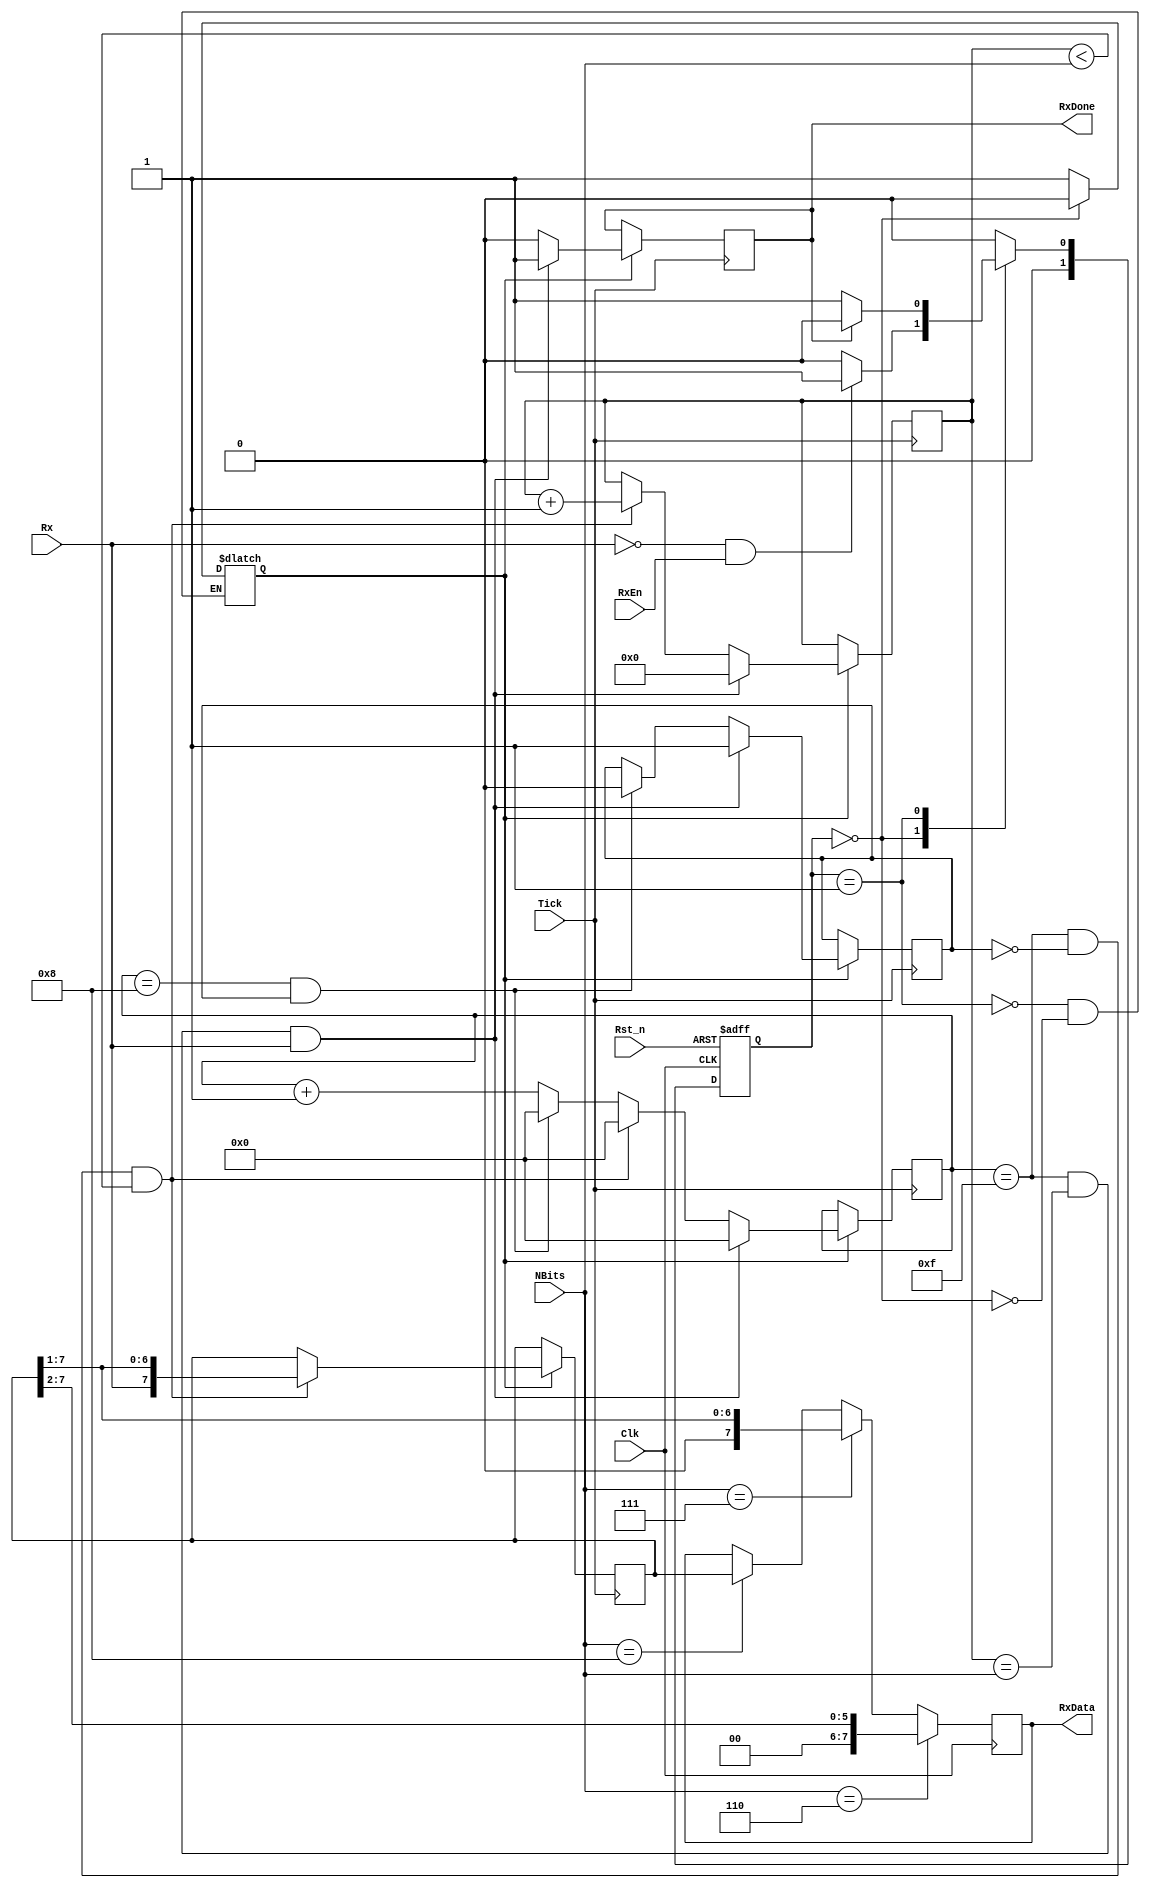
module UART_rs232_rx (Clk,Rst_n,RxEn,RxData,RxDone,Rx,Tick,NBits);		//Define my module as UART_rs232_rx

input Clk, Rst_n, RxEn,Rx,Tick;		//Define 1 bit inputs
input [3:0]NBits;			//Define 4 bits inputs


output RxDone;				//Define 1 bit output
output [7:0]RxData;			//Define 8 bits output (this will eb the 1byte received data)


//Variabels used for state machine...
parameter  IDLE = 1'b0, READ = 1'b1; 	//We haev 2 states for the State Machine state 0 and 1 (READ adn IDLE)
reg [1:0] State, Next;			//Create some registers for the states
reg  read_enable = 1'b0;		//Variable that will enable or NOT the data in read
reg  start_bit = 1'b1;			//Variable used to notify when the start bit was detected (first falling edge of RX)
reg  RxDone = 1'b0;			//Variable used to notify when the data read process is done
reg [4:0]Bit = 5'b00000;		//Variable used for the bit by bit read loop (in this case 8 bits so 8 loops)
reg [3:0] counter = 4'b0000;		//Counter variable used to count the tick pulses up to 16
reg [7:0] Read_data= 8'b00000000;	//Register where we store the Rx input bits before assigning it to the RxData output
reg [7:0] RxData;			//We register the output as well so we store the value





///////////////////////////////STATE MACHINE////////////////////////////////
////////////////////////////////////////////////////////////////////////////
///////////////////////////////////Reset////////////////////////////////////
////////////////////////////////////////////////////////////////////////////
always @ (posedge Clk or negedge Rst_n)			//It is good to always have a reset always
begin
if (!Rst_n)	State <= IDLE;				//If reset pin is low, we get to the initial state which is IDLE
else 		State <= Next;				//If not we go to the next state
end




////////////////////////////////////////////////////////////////////////////
////////////////////////////Next step decision//////////////////////////////
////////////////////////////////////////////////////////////////////////////
/*This is easy. Each time "State or Rx or RxEn or RxDone" will change their value
we decide which is the next step. 
	- Obviously we get to IDLE only when RxDone is high
meaning that the read process is done.
	- Also, while we are into IDEL, we get to READ state only if Rx input gets low meaning
we've detected a start bit*/
always @ (State or Rx or RxEn or RxDone)
begin
    case(State)	
	IDLE:	if(!Rx & RxEn)		Next = READ;	 //If Rx is low (Start bit detected) we start the read process
		else			Next = IDLE;
	READ:	if(RxDone)		Next = IDLE; 	 //If RxDone is high, than we get back to IDLE and wait for Rx input to go low (start bit detect)
		else			Next = READ;
	default 			Next = IDLE;
    endcase
end






////////////////////////////////////////////////////////////////////////////
///////////////////////////ENABLE READ OR NOT///////////////////////////////
////////////////////////////////////////////////////////////////////////////
always @ (State or RxDone)
begin
    case (State)
	READ: begin
		read_enable <= 1'b1;			//If we are in the Read state, we enable the read process so in the "Tick always" we start getting the bits
	      end
	
	IDLE: begin
		read_enable <= 1'b0;			//If we get back to IDLE, we desable the read process so the "Tick always" could continue without geting Rx bits
	      end
    endcase
end





////////////////////////////////////////////////////////////////////////////
///////////////////////////Read the input data//////////////////////////////
////////////////////////////////////////////////////////////////////////////
/*Finally, each time we detect a Tick pulse,we increase a couter.
- When the counter is 8 (4'b1000) we are in the middle of the start bit
- When the counter is 16 (4'b1111) we are in the middle of one of the bits
- We store the data by shifting the Rx input bit into the Read_data register 
using this line of code: Read_data <= {Rx,Read_data[7:1]};
*/
always @ (posedge Tick)

	begin
	if (read_enable)
	begin
	RxDone <= 1'b0;							//Set the RxDone register to low since the process is still going
	counter <= counter+1;						//Increase the counter by 1 with each Tick detected
	

	if ((counter == 4'b1000) & (start_bit))				//Counter is 8? Then we set the start bit to 1. 
	begin
	start_bit <= 1'b0;
	counter <= 4'b0000;
	end

	if ((counter == 4'b1111) & (!start_bit) & (Bit < NBits))	//We make a loop (8 loops in this case) and we read all 8 bits
	begin
	Bit <= Bit+1;
	Read_data <= {Rx,Read_data[7:1]};
	counter <= 4'b0000;
	end
	
	if ((counter == 4'b1111) & (Bit == NBits)  & (Rx))		//Then we count to 16 once again and detect the stop bit (Rx input must be high)
	begin
	Bit <= 4'b0000;
	RxDone <= 1'b1;
	counter <= 4'b0000;
	start_bit <= 1'b1;						//We reset all values for next data input and set RxDone to high
	end
	end
	
	

end


////////////////////////////////////////////////////////////////////////////
//////////////////////////////Output assign/////////////////////////////////
////////////////////////////////////////////////////////////////////////////
/*Finally, we assign the Read_data register values to the RxData output and
that will be our final received value.*/
always @ (posedge Clk)
begin

if (NBits == 4'b1000)
begin
RxData[7:0] <= Read_data[7:0];	
end

if (NBits == 4'b0111)
begin
RxData[7:0] <= {1'b0,Read_data[7:1]};	
end

if (NBits == 4'b0110)
begin
RxData[7:0] <= {1'b0,1'b0,Read_data[7:2]};	
end
end




//End of the RX mdoule
endmodule